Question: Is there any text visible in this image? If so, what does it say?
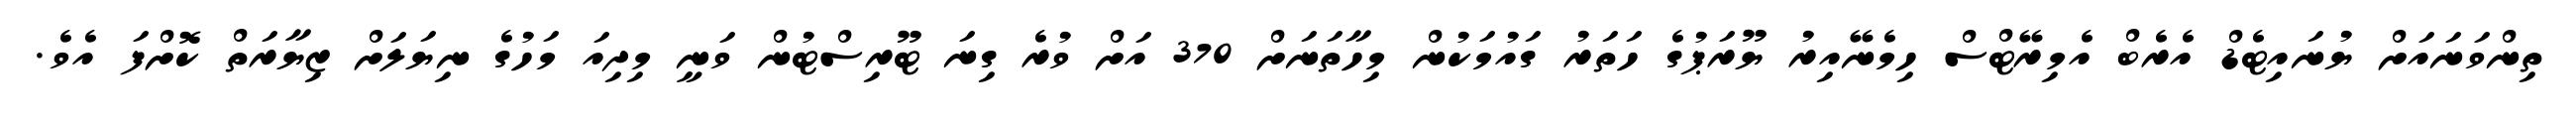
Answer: ތިންވަނައަށް ޔުނައިޓެޑް އެރެބް އެމިރޭޓްސް ހިމެނޭއިރު ޔޫރަޕުގެ ހަތަރު ގައުމަކުން މިހާތަނަށް 370 އަށް ވުރެ ގިނަ ޓޫރިސްޓުން ވަނީ މިދިއަ މަހުގެ ނިޔަލަށް ޒިޔާރަތް ކޮށްފަ އެވެ.